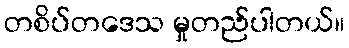
တစိပ်တဒေသ မှုတည်ပါတယ်။